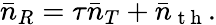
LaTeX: \bar{n}_{R}=\tau\bar{n}_{T}+\bar{n}_{\mathrm{~t~h~}}.